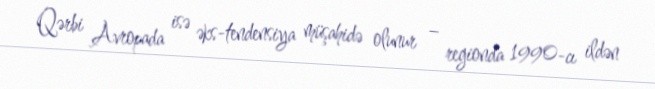
Qərbi Avropada isə əks-tendensiya müşahidə olunur – regionda 1990-cı ildən